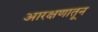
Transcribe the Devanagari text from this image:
आरक्षणातून